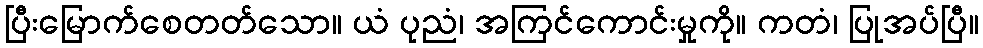
ပြီးမြောက်စေတတ်သော။ ယံ ပုညံ၊ အကြင်ကောင်းမှုကို။ ကတံ၊ ပြုအပ်ပြီ။